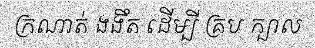
ក្រណាត់ ងងឹត ដើម្បី គ្រប ក្បាល